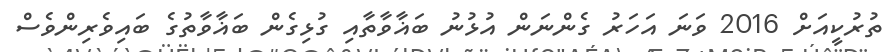
ތުރުކީއަށް 2016 ވަނަ އަހަރު ގެންނަން އުޅުނު ބަޣާވާތާއި ގުޅިގެން ބަޣާވާތުގެ ބައިވެރިންވެސް